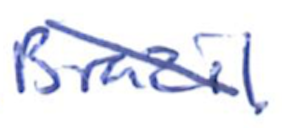
Text: Brazil.
Cross-out: diagonal
Writing tool: ballpoint